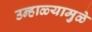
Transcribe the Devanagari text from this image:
उन्हाळ्यामुळे